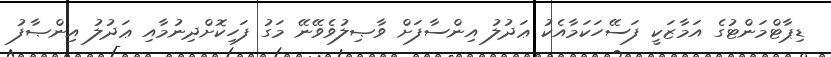
ޑިޕާޓްމަންޓުގެ އަމާޒަކީ ފަސޭހަކަމާއެކު ޢަދުލު އިންސާފަށް ވާޞިލުވެވޭނޭ މަގު ފަހިކޮށްދިނުމާއި ޢަދުލު އިންޞާފު